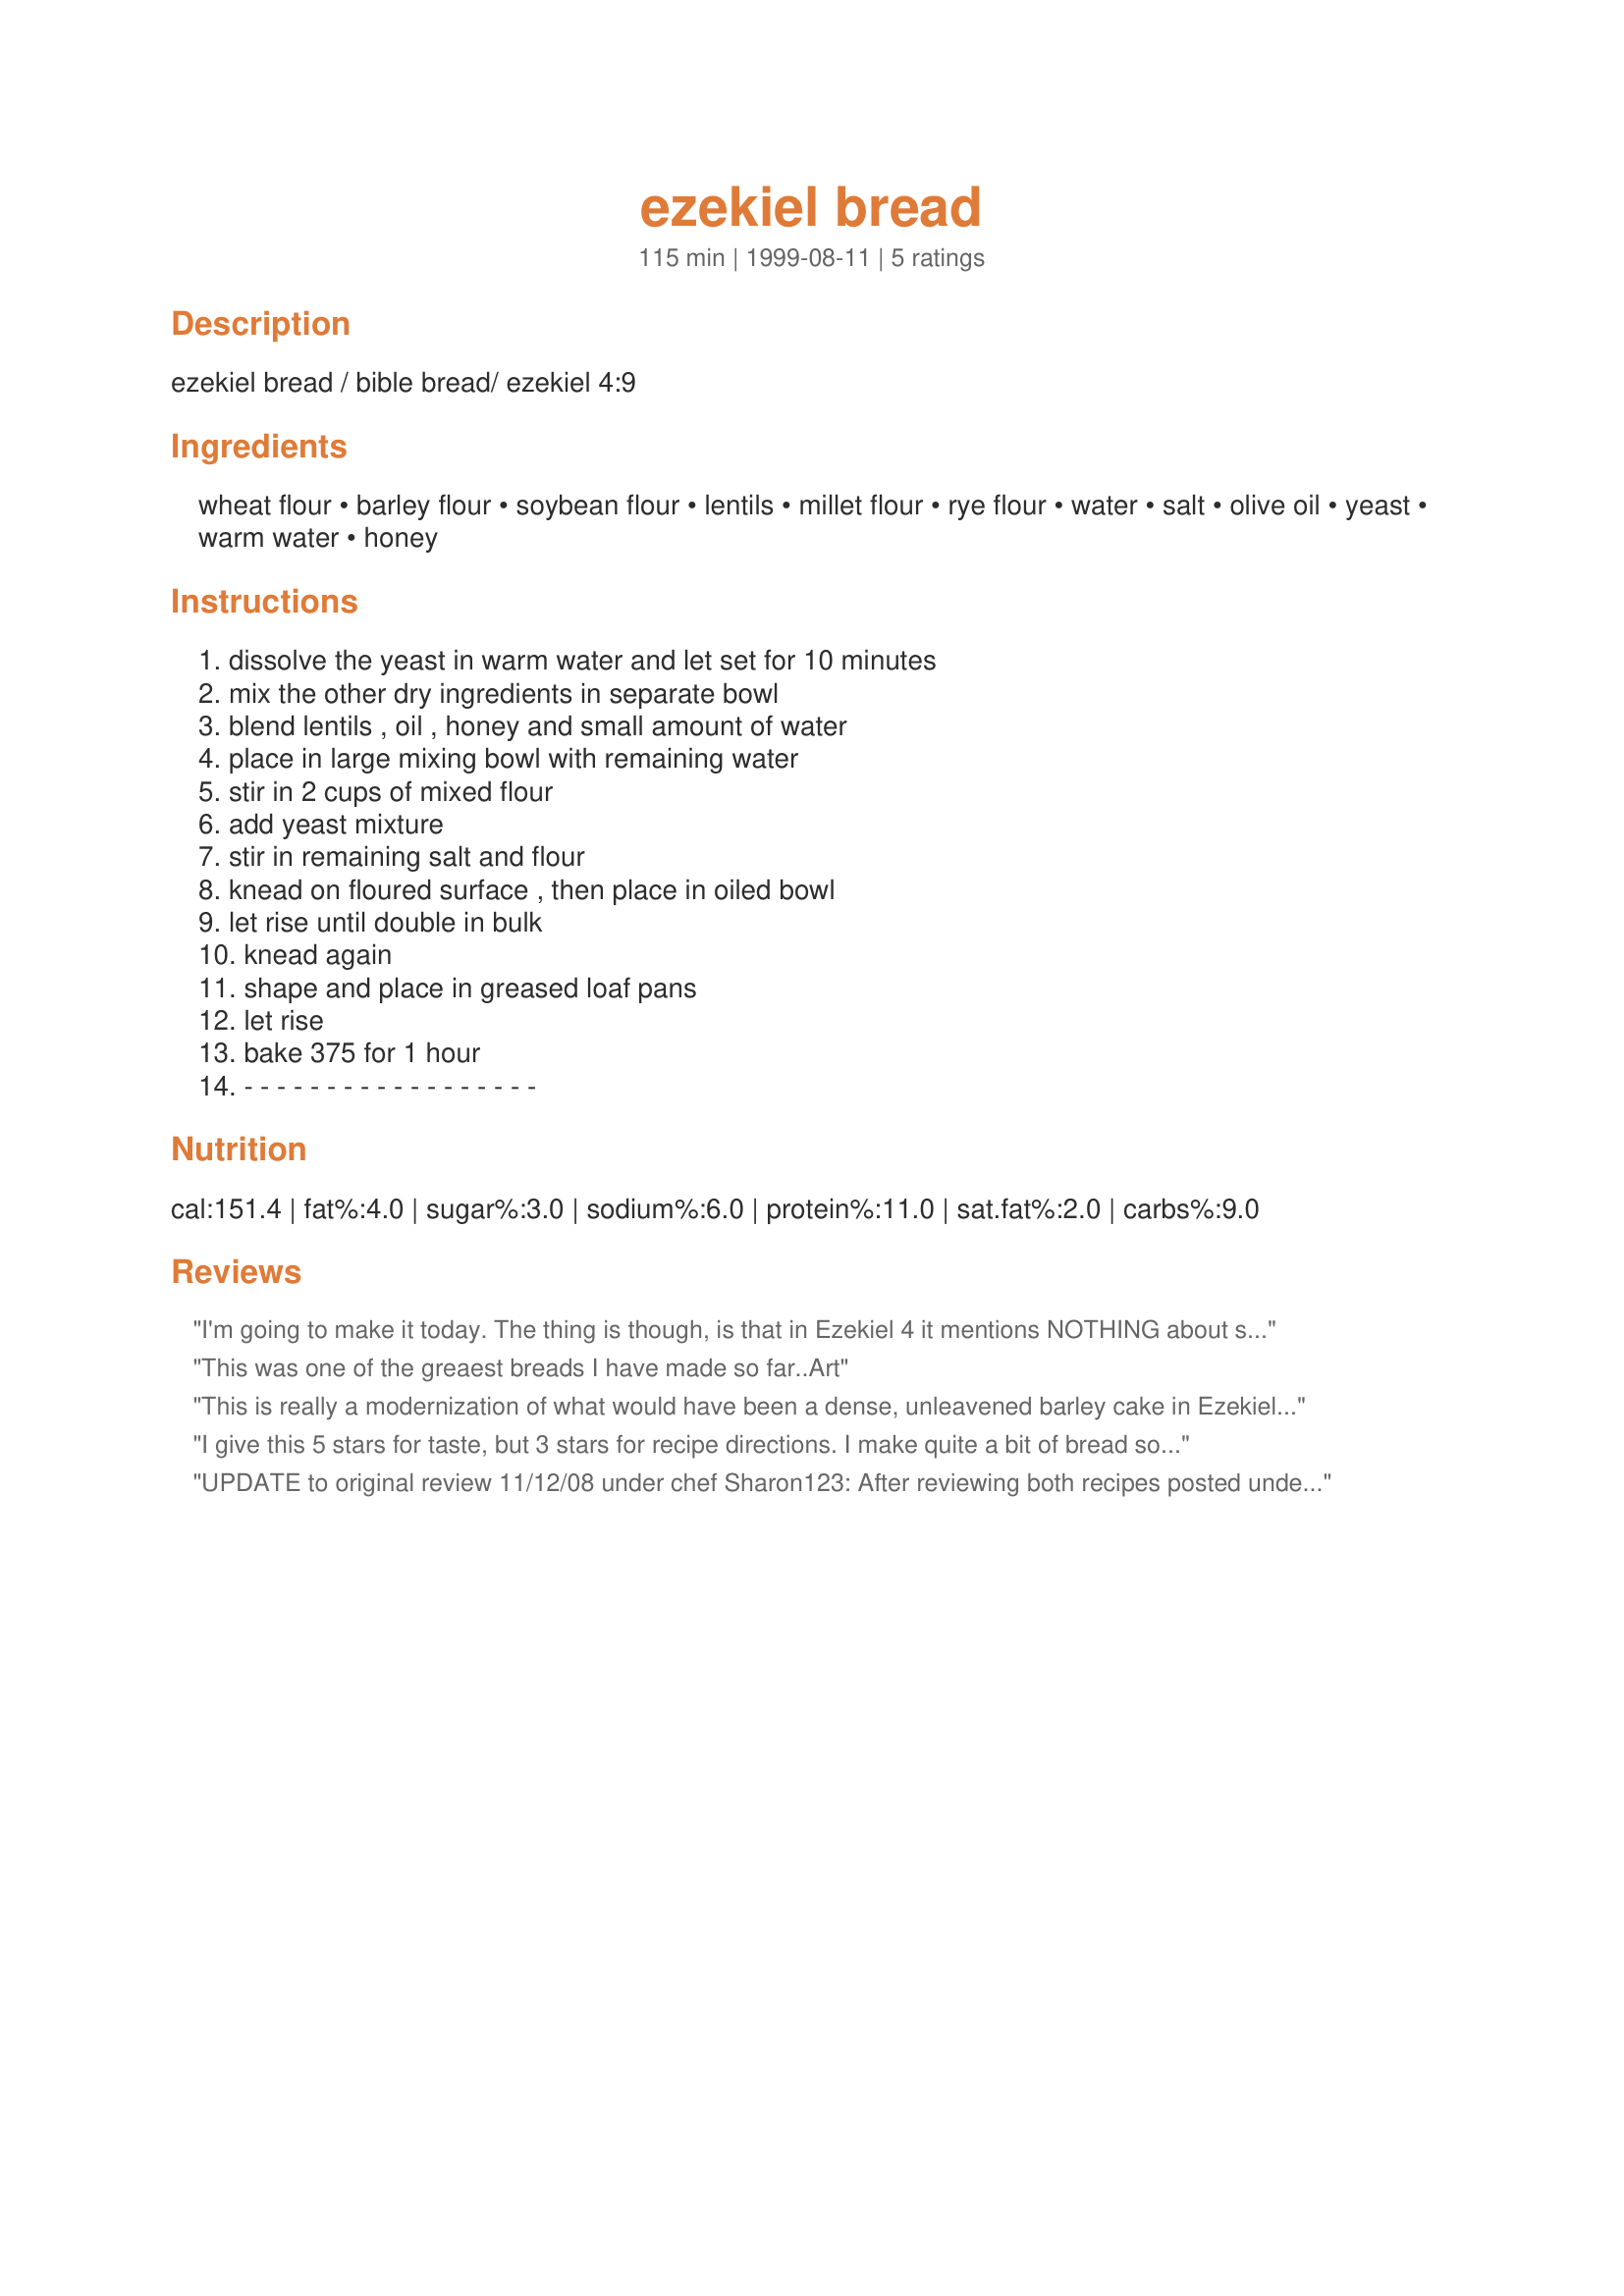
ezekiel bread
Preparation time: 115 minutes

ezekiel bread / bible bread/ ezekiel 4:9

Ingredients:
wheat flour, barley flour, soybean flour, lentils, millet flour, rye flour, water, salt, olive oil, yeast, warm water, honey

Steps:
dissolve the yeast in warm water and let set for 10 minutes, mix the other dry ingredients in separate bowl, blend lentils , oil , honey and small amount of water, place in large mixing bowl with remaining water, stir in 2 cups of mixed flour, add yeast mixture, stir in remaining salt and flour, knead on floured surface , then place in oiled bowl, let rise until double in bulk, knead again, shape and place in greased loaf pans, let rise, bake 375 for 1 hour, - - - - - - - - - - - - - - - - - -

Reviews:
I'm going to make it today. The thing is though, is that in Ezekiel 4 it mentions NOTHING about soybeans. Those are not good to put in our bodies. Why do these recipes add those in when it was never part of YHVHs orders????
This was one of the greaest breads I have made so far..Art
This is really a modernization of what would have been a dense, unleavened barley cake in Ezekiel's time... but it's a hearty, flavorful multigrain bread. The combination of cereal grains and legumes (lentils in this case)supplies all the essential amino acids so that you could get all your protein from this alone. I substituted spelt flour for half the barley in honor of the text, and also used stone ground whole wheat flour. (Mine required quite a lot of extra water because of the whole wheat flour.) I did, however, use the electric range and not Ezekiel's cooking fuel (Read the text to understand). Made for personal enjoyment and completely enjoyed!
I give this 5 stars for taste, but 3 stars for recipe directions. I make quite a bit of bread so I knew what to do, but I definitely had to read through the recipe several times. I just had a warm slice with some low-cal spread and I'm hoping it tastes this good when it's cooled down. All in all, thanks for a good recipe.
UPDATE to original review 11/12/08 under chef Sharon123: After reviewing both recipes posted under Carole Reu (who hasn't posted anything since 9/12/99) and Sharon123, I need my review to capture the complete recipe I originally reviewed, which is Sharon's. Carole's recipe isn't exactly like Sharon's and I need to note the differences so that I can continue to make the recipe I love as stated in my original review including Sharon's changes to the instructions. In my opinion these two recipes are different; however, this is food.com and I don't get to make that decision, as the food.com "elves" have merged these two recipes, hence my notes to self in the form of this revised review. INGREDIENTS: ignore the 2 cups soybean flour, use 2 cups lentils versus 1 cup, and 5 tablespoon olive oil. DIRECTIONS: Step 3 - use blender; Step 8 - place into 4 greased loaf pans; Step 9 - let rise until doubled in bulk and bake for 45 minutes to 1 hour.Sharon's intro says, "This bread will supply protein, calcium, phosphorus, iron, sodium, potassium, vitamins A and C, thiamine, riboflavin, and niacin. Plus it tastes good! Prep time includes time for the dough to rise. Made during Bible times, this is a Middle Eastern bread." Next is my original review modified for the directions: Going into this I didn't realize it made 4 loaves! If I had I might have tried to scale it down a bit. So, drawing upon the strength of Ezekiel, I made it as directed! This also didn't fit my plans to use my KitchenAid mixer - too much volume! I had to make it by hand, which fortunately was therapeutic and cathartic. If you make it by hand because you don't have a commercial appliance, triple the estimated time it takes to make! Now that I've captured my thoughts on this, I can say that I give it 5 stars because IF you can put this together, the results don't disappoint. You may just have to use your brain on this one, and your heart! Thanks, Sharon123! Made for <b>Healthy Choices</b>.
